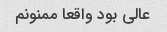
عالی بود واقعا ممنونم